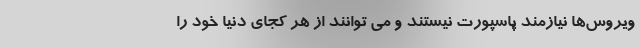
ویروس‌ها نیازمند پاسپورت نیستند و می توانند از هر کجای دنیا خود را